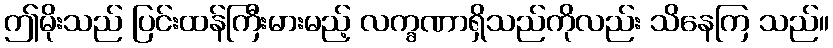
ဤမိုးသည် ပြင်းထန်ကြီးမားမည့် လက္ခဏာရှိသည်ကိုလည်း သိနေကြ သည်။